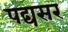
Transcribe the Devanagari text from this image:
पद्यसर